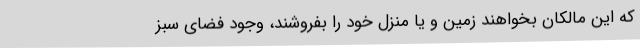
که این مالکان بخواهند زمین و یا منزل خود را بفروشند، وجود فضای سبز